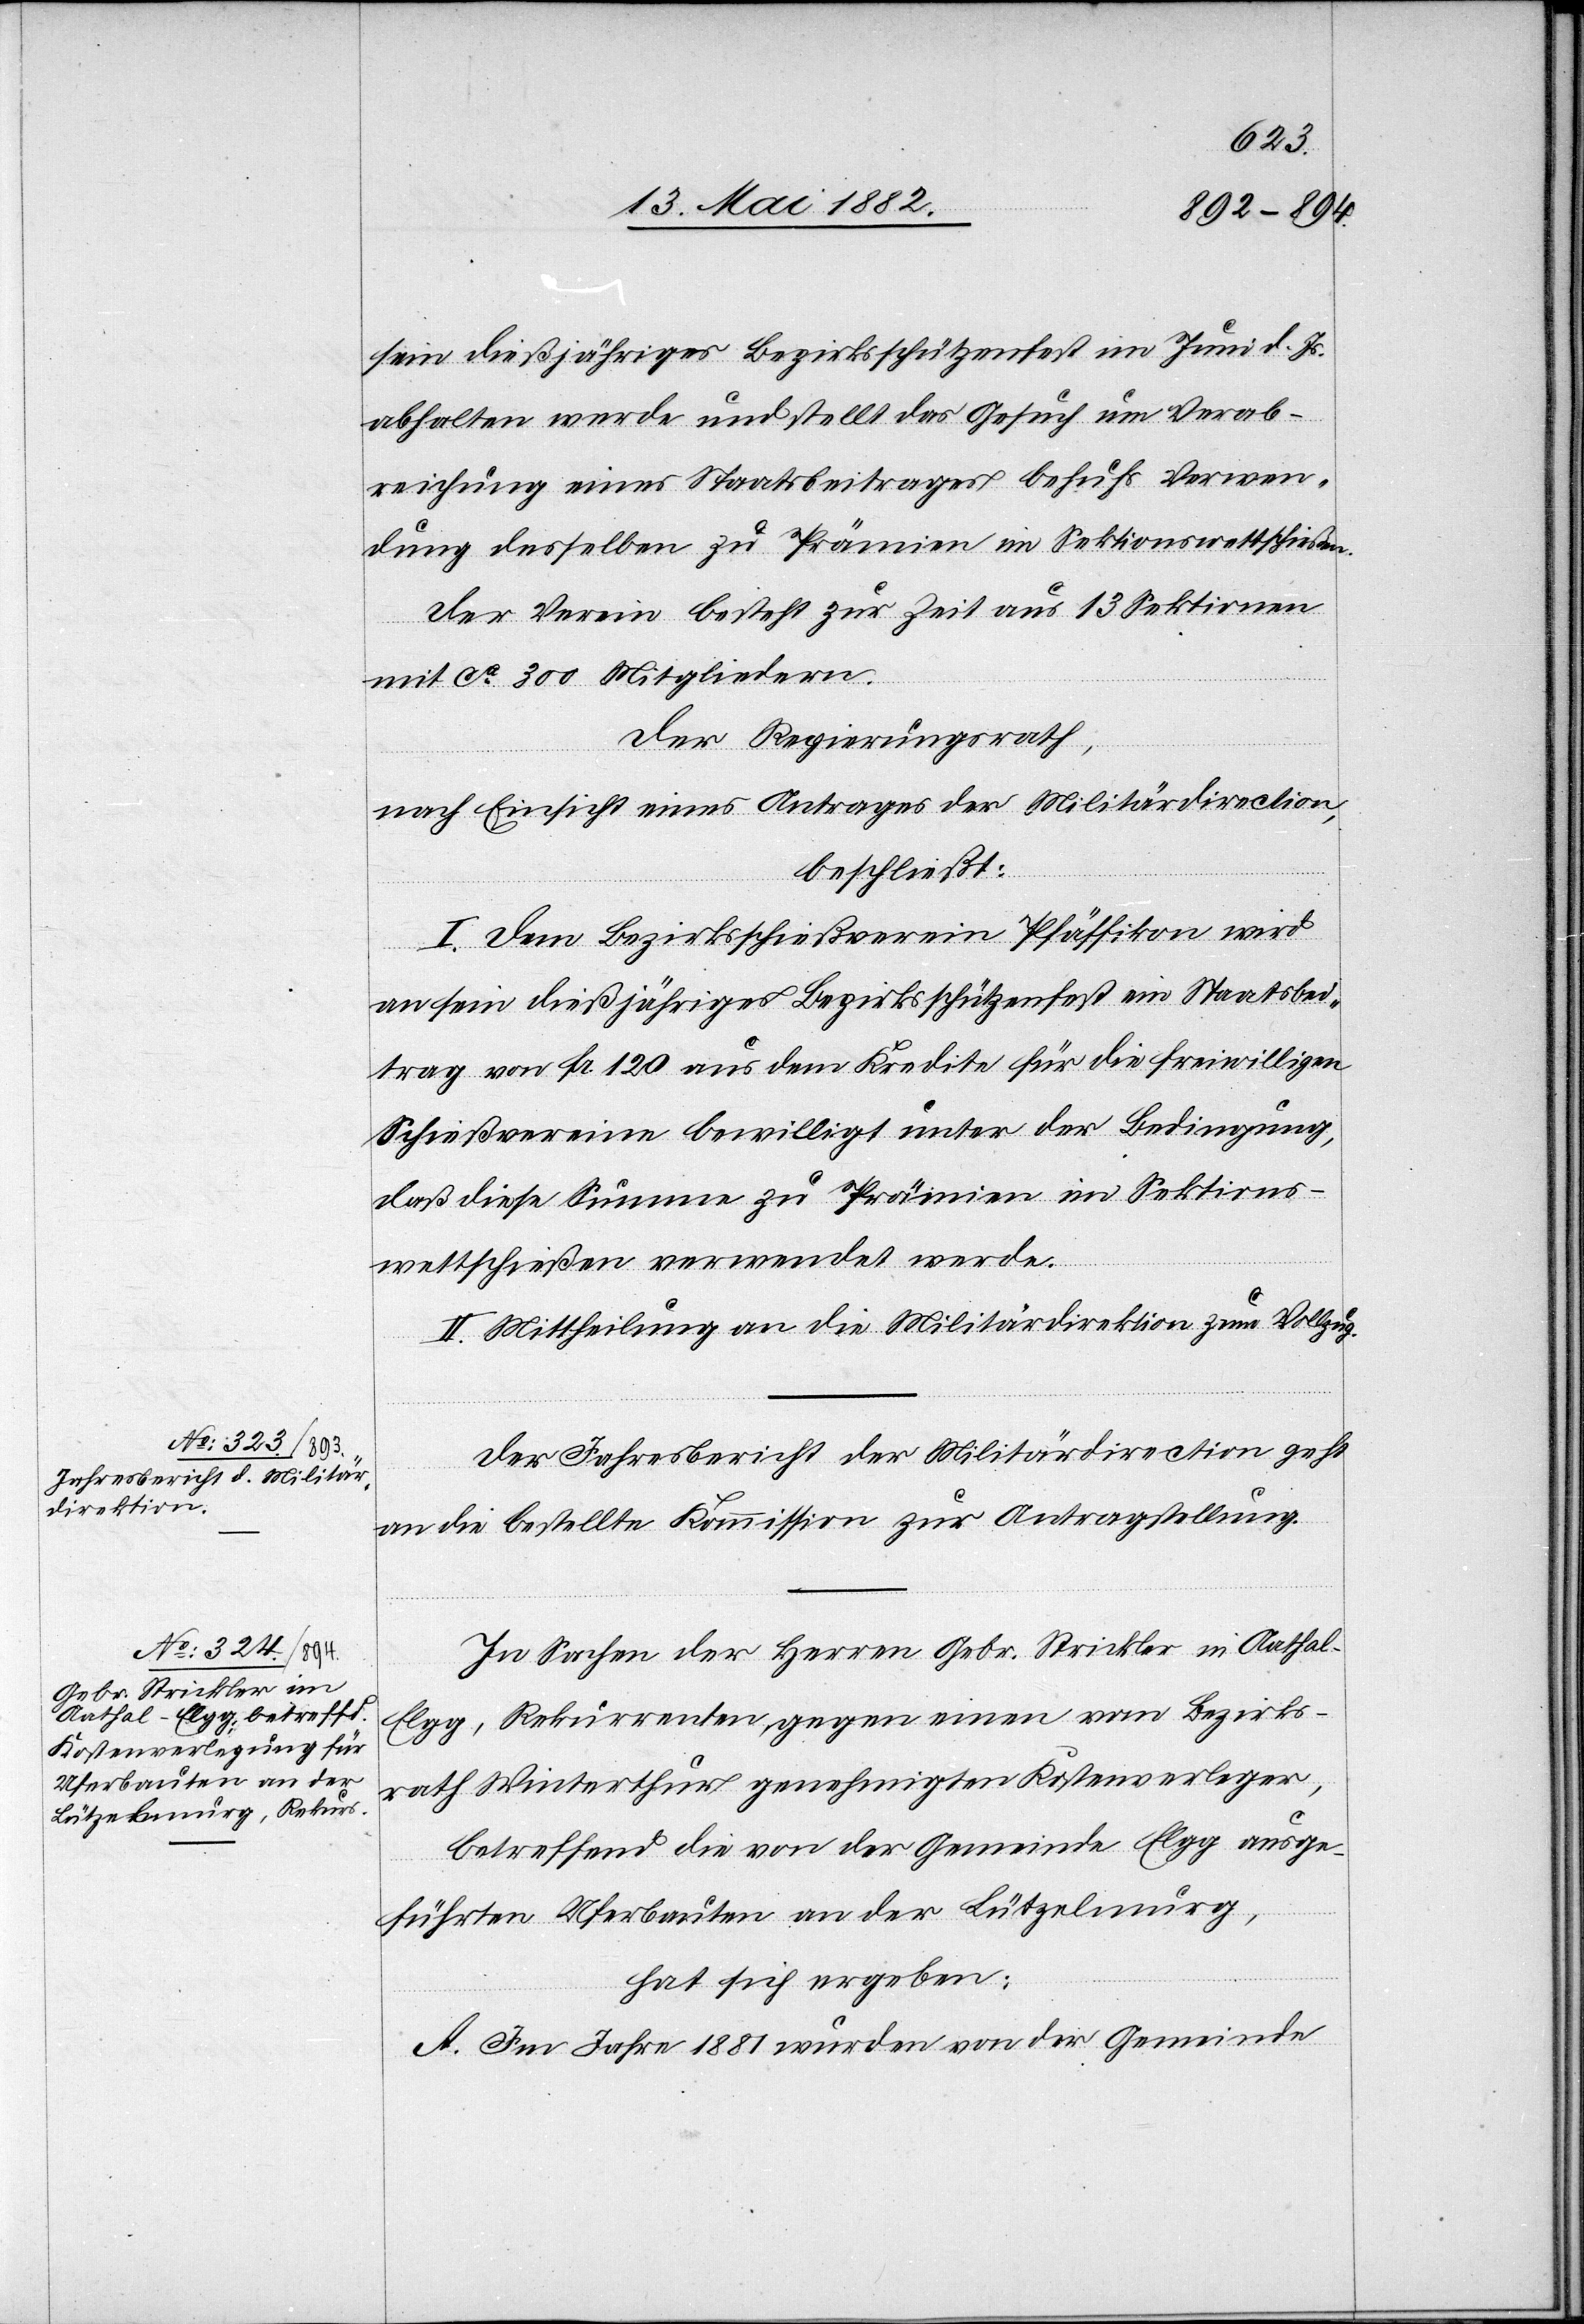
sein dießjähriges Bezirksschützenfest im Juni d. Js.
abhalten werde und stellt das Gesuch um Verab¬
reichung eines Staatsbeitrages behufs Verwen¬
dung desselben zu Prämien im Sektionswettschießen.
Der Verein besteht zur Zeit aus 13 Sektionen
mit ca 300 Mitgliedern.
Der Regierungsrath,
nach Einsicht eines Antrages der Militärdirection,
beschließt:
I. Dem Bezirksschießverein Pfäffikon wird
an sein dießjähriges Bezirksschützenfest ein Staatsbei¬
trag von Fr. 120 aus dem Kredite für die freiwilligen
Schießvereine bewilligt unter der Bedingung,
daß diese Summe zu Prämien im Sektions¬
wettschießen verwendet werde.
II. Mittheilung an die Militärdirektion zum Vollzug.
Der Jahresbericht der Militärdirection geht
an die bestellte Kommission zur Antragstellung.
In Sachen der Herren Gebr. Strickler in Aathal
Elgg, Rekurrenten gegen einen vom Bezirks¬
rath Winterthur genehmigten Kostenverleger,
betreffend die von der Gemeinde Elgg ausge¬
führten Uferbauten an der Lützelmurg,
hat sich ergeben:
A. Im Jahre 1881 wurden von der Gemeinde